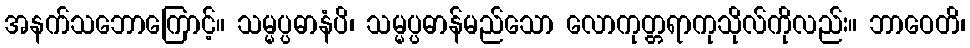
အနက်သဘောကြောင့်။ သမ္မပ္ပဓာနံပိ၊ သမ္မပ္ပဓာန်မည်သော လောကုတ္တရာကုသိုလ်ကိုလည်း။ ဘာဝေတိ၊